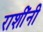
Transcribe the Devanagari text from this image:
राशींनी